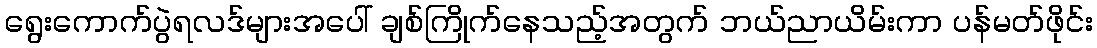
ရွေးကောက်ပွဲရလဒ်များအပေါ် ချစ်ကြိုက်နေသည့်အတွက် ဘယ်ညာယိမ်းကာ ပန်မတ်ဖိုင်း